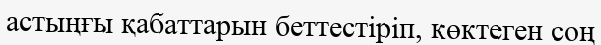
астыңғы қабаттарын беттестіріп, көктеген соң